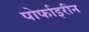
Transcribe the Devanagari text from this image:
पोर्फाइरीन